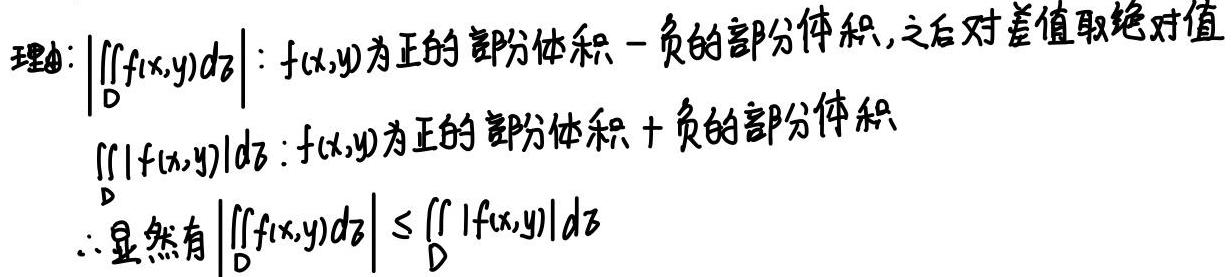
理由：$\left|\iint_{D} f(x,y) \mathrm{d}\sigma\right|$：$f(x,y)$为正的部分体积 - 负的部分体积，之后对差值取绝对值
$\iint_{D} |f(x,y)| \mathrm{d}\sigma$：$f(x,y)$为正的部分体积 + 负的部分体积
$\therefore$显然有$\left|\iint_{D} f(x,y) \mathrm{d}\sigma\right| \leq \iint_{D} |f(x,y)| \mathrm{d}\sigma$